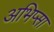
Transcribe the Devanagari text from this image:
अभिप्सा